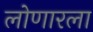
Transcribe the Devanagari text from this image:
लोणारला